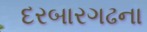
દરબારગઢના